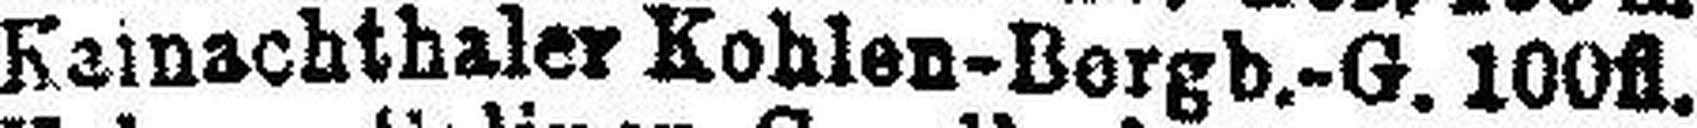
Kainachthaler Kohlen-Bergb.-G. 100fl.